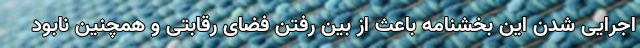
اجرایی شدن این بخشنامه باعث از بین رفتن فضای رقابتی و همچنین نابود